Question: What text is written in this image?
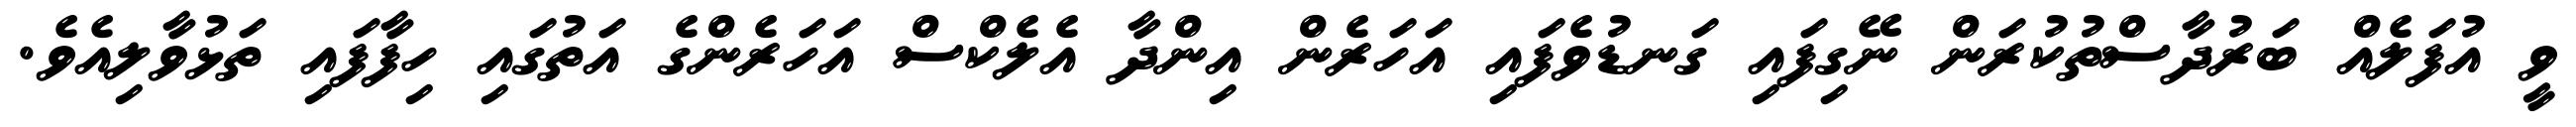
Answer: ވީ އުފަލެއް ބަރުދާސްތުކުރަން ނޭގިފައި ގަނޑުވެފައި އަހަރެން އިންދާ އެލެކްސް އަހަރެންގެ އަތުގައި ހިފާފައި ތަޅުވާލިއެވެ.